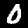
Digit: 0